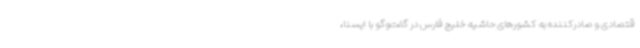
قتصادی و صادرکننده به کشورهای حاشیه خلیج فارس در گفت‌وگو با ایسنا،